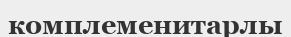
комплеменитарлы